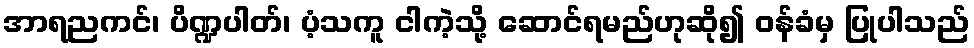
အာရညကင်၊ ပိဏ္ဍပါတ်၊ ပံ့သကူ ငါကဲ့သို့ ဆောင်ရမည်ဟုဆို၍ ဝန်ခံမှ ပြုပါသည်